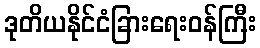
ဒုတိယနိုင်ငံခြားရေးဝန်ကြီး